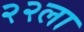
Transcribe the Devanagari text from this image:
२२ला